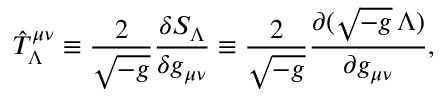
\hat { T } _ { \Lambda } ^ { \mu \nu } \equiv { \frac { 2 } { \sqrt { - g } } } { \frac { \delta { \cal S } _ { \Lambda } } { \delta g _ { \mu \nu } } } \equiv { \frac { 2 } { \sqrt { - g } } } { \frac { \partial ( \sqrt { - g } \, \Lambda ) } { \partial g _ { \mu \nu } } } ,